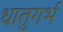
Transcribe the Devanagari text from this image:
धातुगर्भ